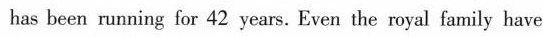
has been running for 42 years. Even the royal family have